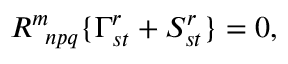
R _ { \; \; n p q } ^ { m } \{ \Gamma _ { s t } ^ { r } + S _ { s t } ^ { r } \} = 0 ,